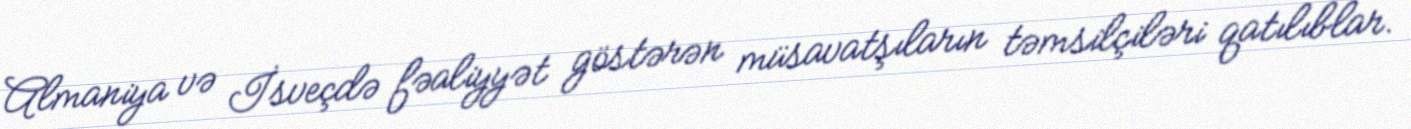
Almaniya və İsveçdə fəaliyyət göstərən müsavatşıların təmsilçiləri qatılıblar.